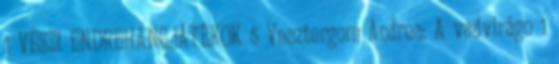
1 VÉSZI ENDREHANGJÁTÉKOK 5 Vesztergom Andrea: A vadvirágo 1